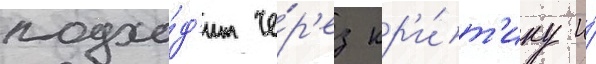
подхо́д'ит че́р'ез кр'и́т'ику и́